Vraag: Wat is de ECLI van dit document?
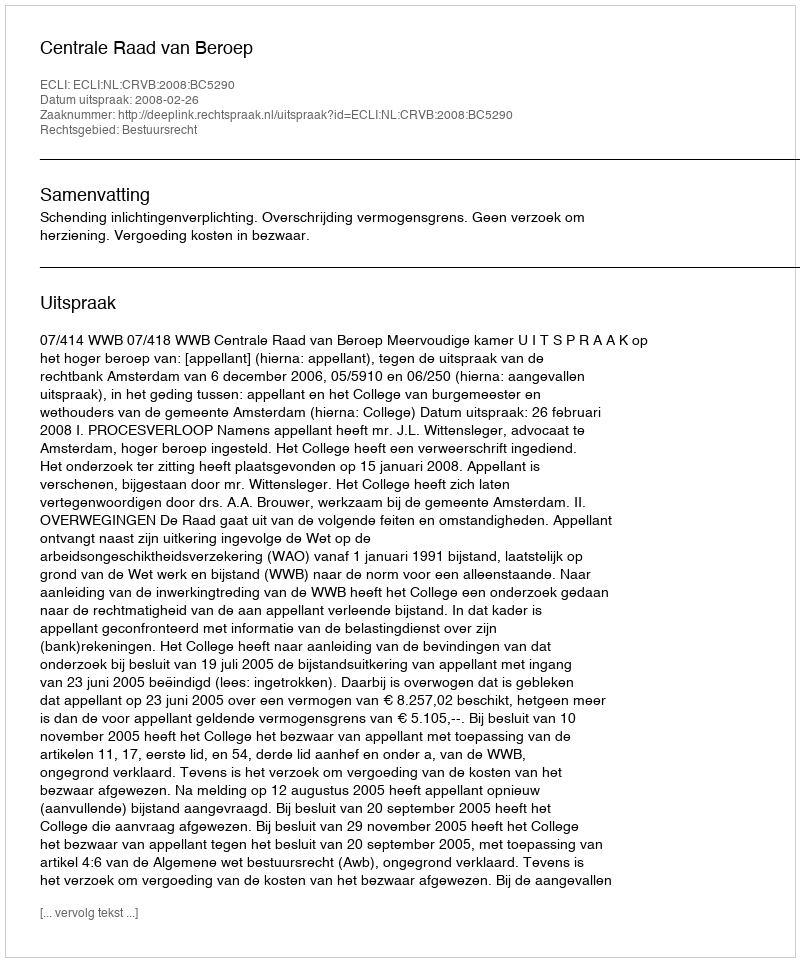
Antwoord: ECLI:NL:CRVB:2008:BC5290